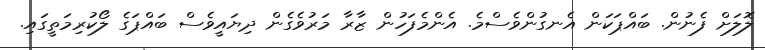
ލޮލަށް ފެނުން. ބައްޕަކަން އެނގުންވެސްމެ. އެންމެފަހުން ޒާރާ މަރުވެެެެެެެެެެެެގެން ދިޔައީވެސް ބައްޕަގެ ލޯކުރިމަތީގައި.